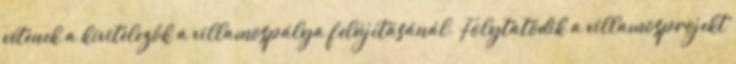
vétenek a kivitelezők a villamospálya felújításánál. Folytatódik a villamosprojekt